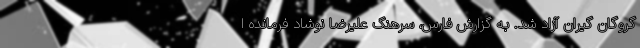
گروگان گیران آزاد شد. به گزارش فارس، سرهنگ علیرضا نوشاد فرمانده ا